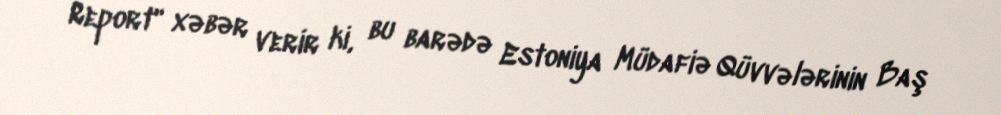
Report" xəbər verir ki, bu barədə Estoniya Müdafiə Qüvvələrinin Baş